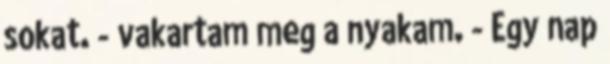
sokat. - vakartam meg a nyakam. - Egy nap